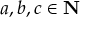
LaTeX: a , b , c \in \mathbf { N }